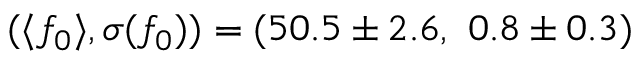
( \langle f _ { 0 } \rangle , \sigma ( f _ { 0 } ) ) = ( 5 0 . 5 \pm 2 . 6 , \ 0 . 8 \pm 0 . 3 )